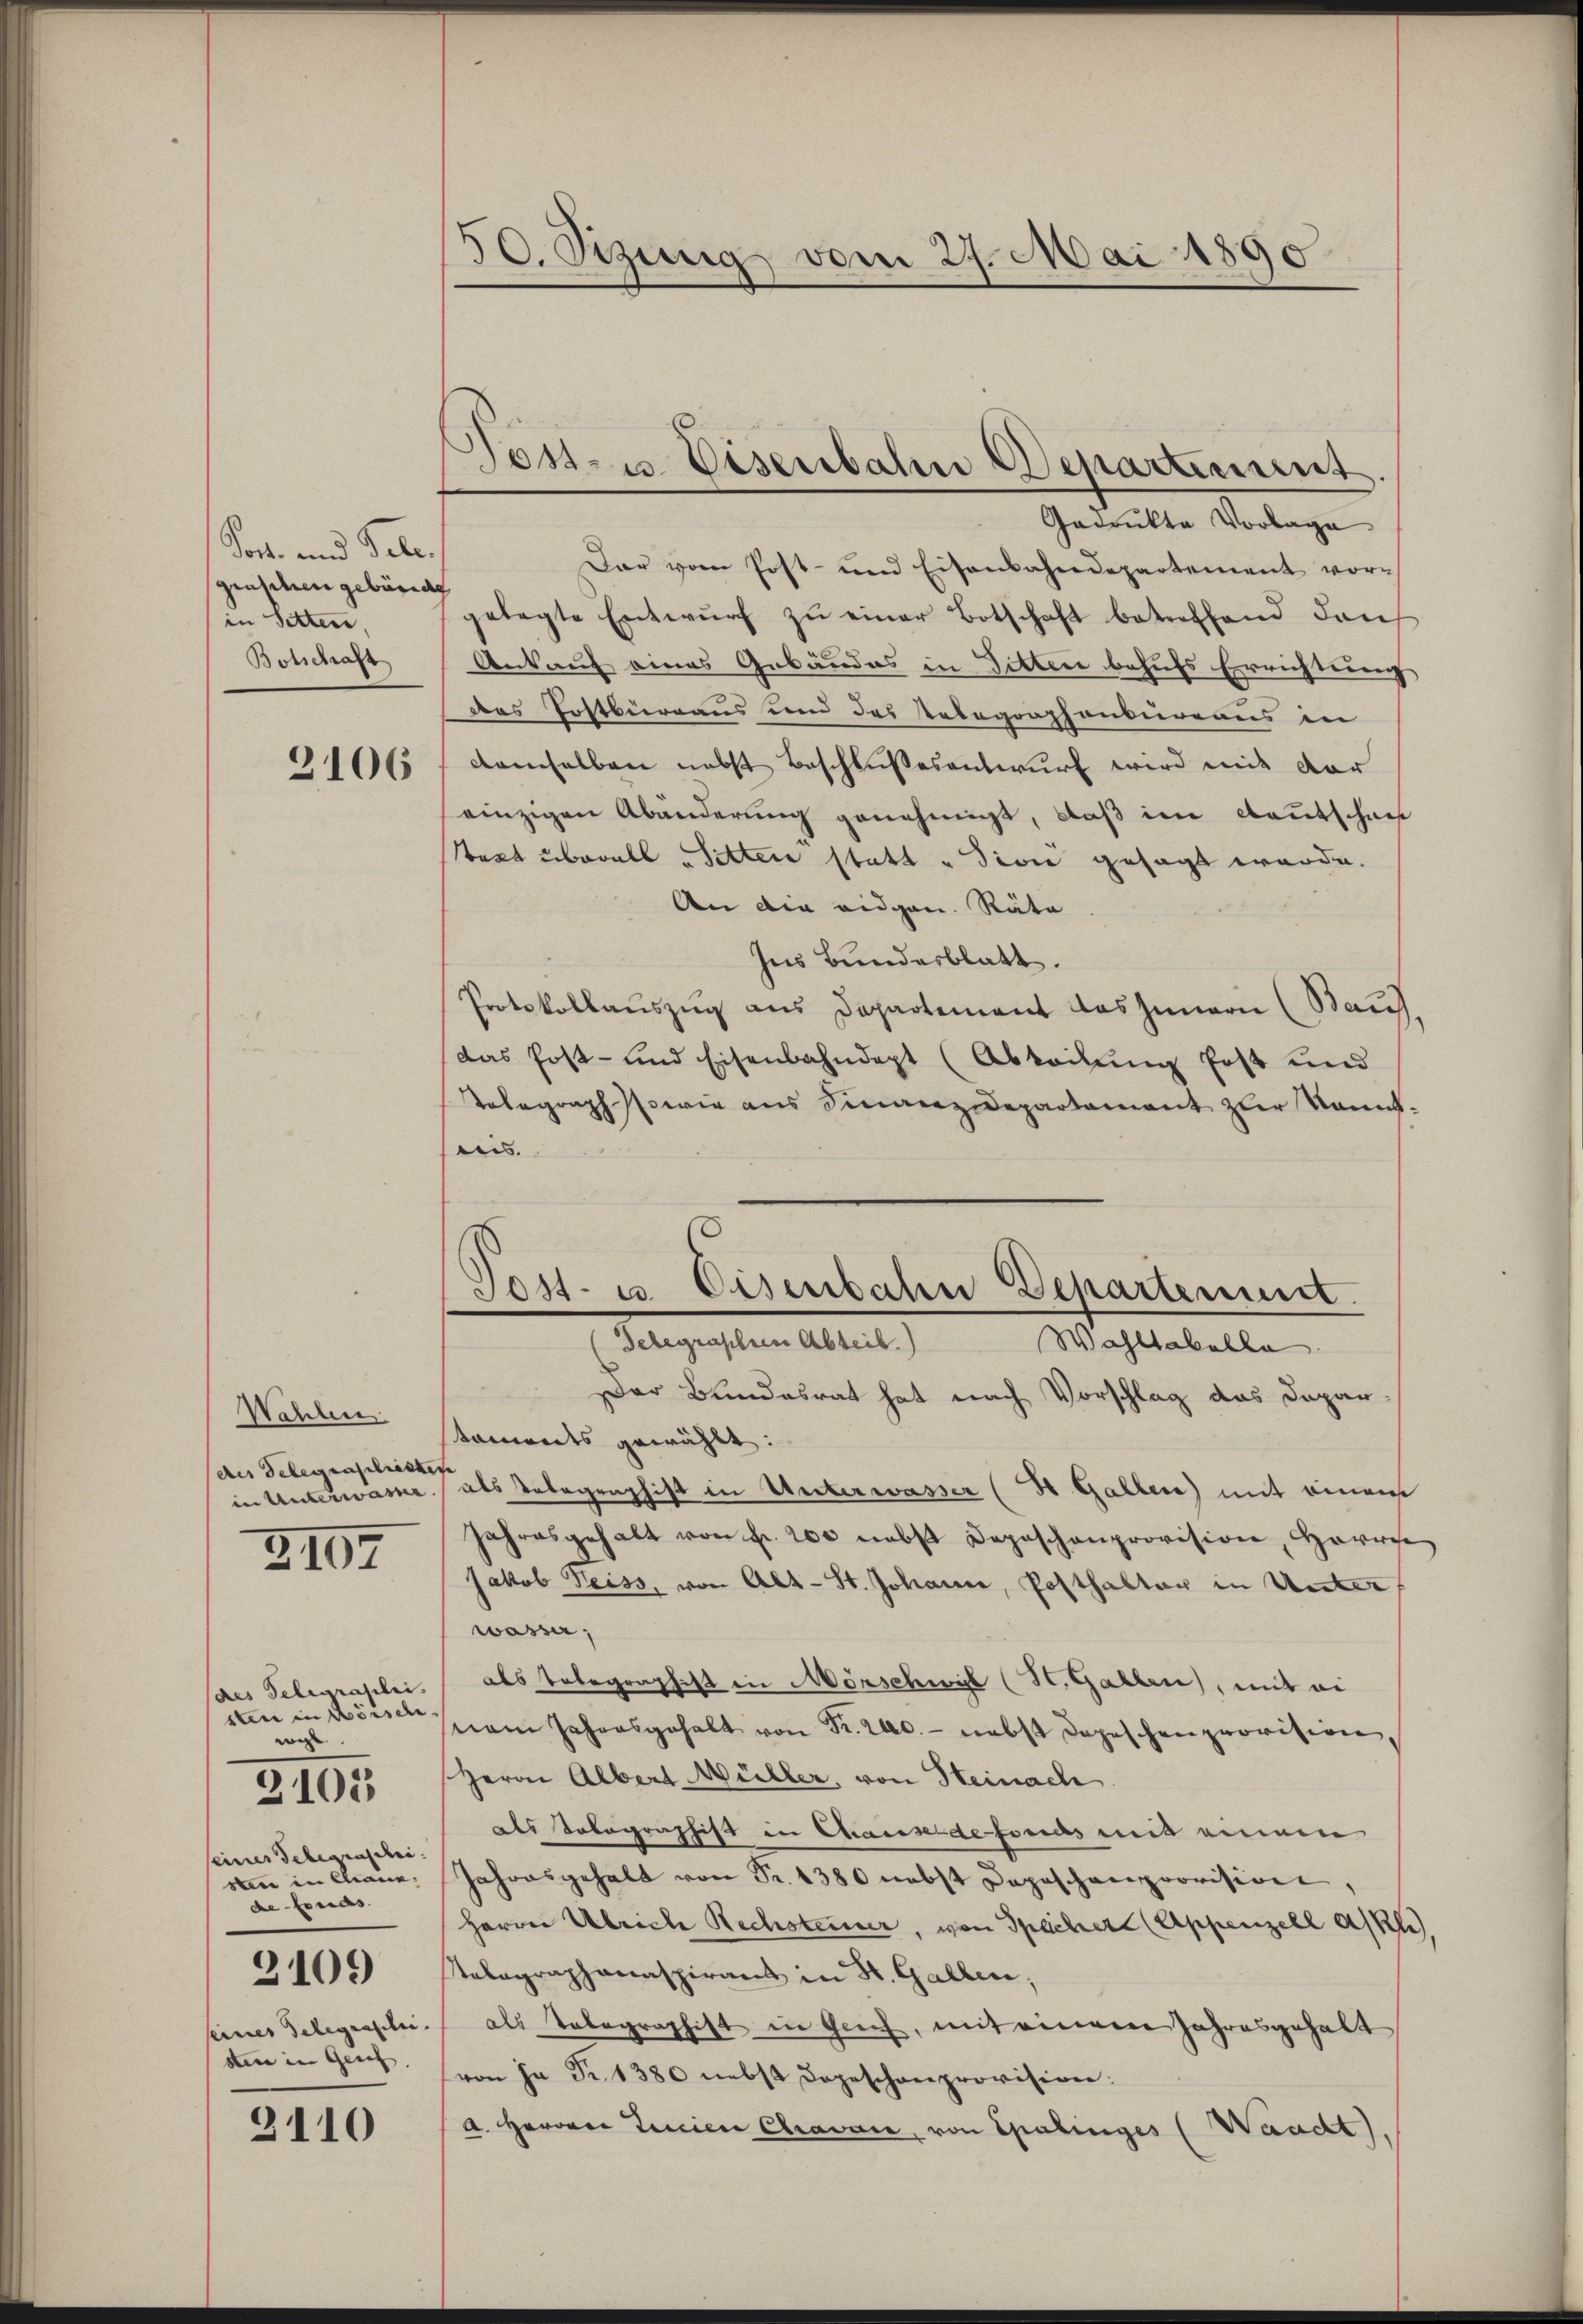
Post- und Tele.
graschen geböride
in Sitten,
Botschaft

3106

Wahlen.
des Delegenschristere
in Unterwarne

3107

des Telegraslei
sten in Wörsch
wi
eines Telegrascheisten in Chaue.
defonas.
2109
seines Telegraschei
sten in Geset

3105

3110

30. Bezung vom 27. Mai 1890

Gadrukte Vorlage
Dar vom Post- und Eisenbahndepartement vorgelegte Entwŭrf zŭ einer Botschaft betreffend dan
Ankauf eines Gebäudes in Gitten behufs Errichtung
das Postbureaus um des Telegraphenbureaus in
damselben nebst Beschlußesentwurf wird mit der
einzigen Abänderung genehmigt, daß im Kautschau
taxt überall Sitter statt „divić gesagt werde.
An die eidgen. Räte
Ins Bundesblatt.
Protokollauszug aus Departement das Innern (Bauf
das Post- und Eisenbahndept (Abteilung Post und
Telegraph sowie aus Finanzdepartement zur kannteis.

Post- u. Eisenbahn Departient.

Sost- u. Eisenbahn Departement.
Telegraphen Abteil.
Wahltabella

Der Bundesrat hat nach Vorschlag das Departaments gewählt:
als Anbegraphist in Unterwasser (H. Gallen) mit einem
jahresgehalt von fr. 200 nebst Deposchenprovision, Horize
Jakob Weiss, von Alt-St. Johann, Posthalter in Unter
wasse,
als Telegraphist in Mörschwyl (St. Gallen, mit ei
nem Jahresgehalt von Fr. 200.- nebst Depeschen provision,
Herrn Albert Müller, von Heinach
des Tolographist in Chausende fonds mit einem
Jahresgehalt von Fr. 1380 nebst Depeschanprovision,
Herren Ulrich Rechsteiner, von Spechere (Appenzell Akli
Telegraphanaspirant in St. Gallen,
als Telegraphist in Gerich, mit einem Jahresgehalt
von ja Fr. 1380 nebst Depeschenprovision:
a. Herrn Lancien Chravaie, von Spalinges (Waucht.